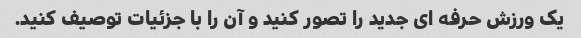
یک ورزش حرفه ای جدید را تصور کنید و آن را با جزئیات توصیف کنید.